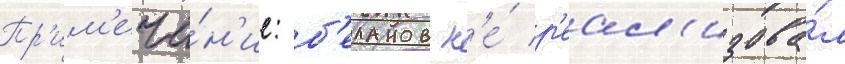
Пр'им'еча́н'ие: б'еланов н'е́ р'еал'изова́л